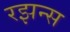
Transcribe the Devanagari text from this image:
रझन्स